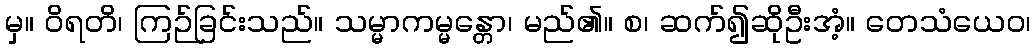
မှ။ ဝိရတိ၊ ကြဉ်ခြင်းသည်။ သမ္မာကမ္မန္တော၊ မည်၏။ စ၊ ဆက်၍ဆိုဦးအံ့။ တေသံယေဝ၊